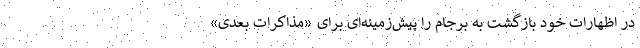
در اظهارات خود بازگشت به برجام را پیش‌زمینه‌ای برای «مذاکرات بعدی»